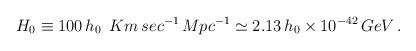
LaTeX: \begin{align*}H_{0}\equiv 100\,h_{0}\ \,Km\,sec^{-1}\,Mpc^{-1}\simeq 2.13\,h_{0}\times10^{-42}\,GeV\,. \end{align*}